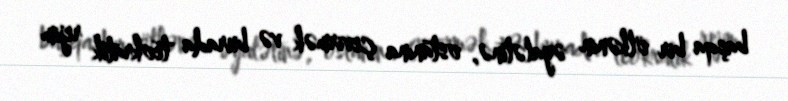
başqa bir ölkənin əyalətinə, ostanına çevirmək və burada teokratik rejim